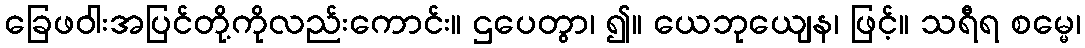
ခြေဖဝါးအပြင်တို့ကိုလည်းကောင်း။ ဌပေတွာ၊ ၍။ ယေဘုယျေန၊ ဖြင့်။ သရီရ စမ္မေ၊